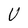
Character: U